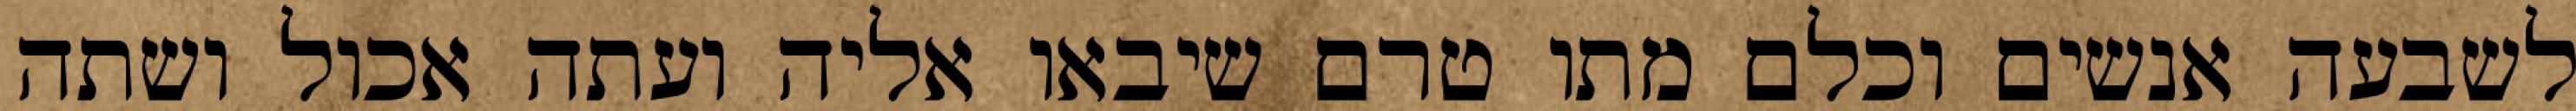
לשבעה אנשים וכלם מתו טרם שיבאו אליה ועתה אכול ושתה